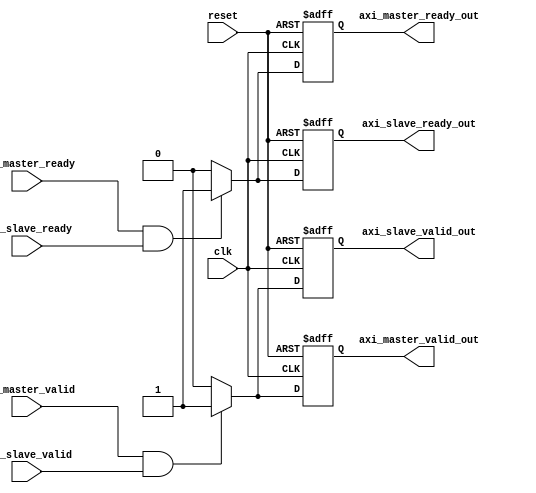
module axi_controller (
    input wire clk,
    input wire reset,
    input wire axi_master_ready,
    input wire axi_slave_ready,
    input wire axi_master_valid,
    input wire axi_slave_valid,
    output reg axi_master_ready_out,
    output reg axi_slave_ready_out,
    output reg axi_master_valid_out,
    output reg axi_slave_valid_out
);

reg axi_master_ready_reg;
reg axi_slave_ready_reg;
reg axi_master_valid_reg;
reg axi_slave_valid_reg;

always @(posedge clk or posedge reset) begin
    if (reset) begin
        axi_master_ready_reg <= 1'b0;
        axi_slave_ready_reg <= 1'b0;
        axi_master_valid_reg <= 1'b0;
        axi_slave_valid_reg <= 1'b0;
    end else begin
        if (axi_master_ready && axi_slave_ready) begin
            axi_master_ready_reg <= 1'b1;
            axi_slave_ready_reg <= 1'b1;
        end else begin
            axi_master_ready_reg <= 1'b0;
            axi_slave_ready_reg <= 1'b0;
        end

        if (axi_master_valid && axi_slave_valid) begin
            axi_master_valid_reg <= 1'b1;
            axi_slave_valid_reg <= 1'b1;
        end else begin
            axi_master_valid_reg <= 1'b0;
            axi_slave_valid_reg <= 1'b0;
        end
    end
end

assign axi_master_ready_out = axi_master_ready_reg;
assign axi_slave_ready_out = axi_slave_ready_reg;
assign axi_master_valid_out = axi_master_valid_reg;
assign axi_slave_valid_out = axi_slave_valid_reg;

endmodule